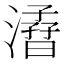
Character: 㵫